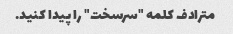
مترادف کلمه "سرسخت" را پیدا کنید.